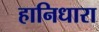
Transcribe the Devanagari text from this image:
हानिधारा